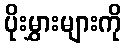
ပိုးမွှားများကို